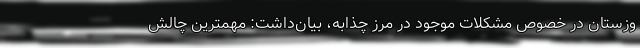
وزستان در خصوص مشکلات موجود در مرز چذابه، بیان‌داشت: مهمترین چالش